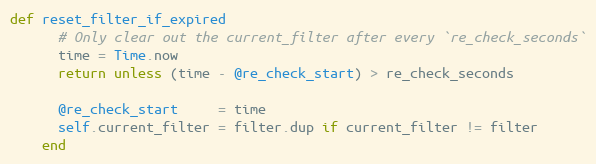
Language: Ruby
def reset_filter_if_expired
      # Only clear out the current_filter after every `re_check_seconds`
      time = Time.now
      return unless (time - @re_check_start) > re_check_seconds

      @re_check_start     = time
      self.current_filter = filter.dup if current_filter != filter
    end